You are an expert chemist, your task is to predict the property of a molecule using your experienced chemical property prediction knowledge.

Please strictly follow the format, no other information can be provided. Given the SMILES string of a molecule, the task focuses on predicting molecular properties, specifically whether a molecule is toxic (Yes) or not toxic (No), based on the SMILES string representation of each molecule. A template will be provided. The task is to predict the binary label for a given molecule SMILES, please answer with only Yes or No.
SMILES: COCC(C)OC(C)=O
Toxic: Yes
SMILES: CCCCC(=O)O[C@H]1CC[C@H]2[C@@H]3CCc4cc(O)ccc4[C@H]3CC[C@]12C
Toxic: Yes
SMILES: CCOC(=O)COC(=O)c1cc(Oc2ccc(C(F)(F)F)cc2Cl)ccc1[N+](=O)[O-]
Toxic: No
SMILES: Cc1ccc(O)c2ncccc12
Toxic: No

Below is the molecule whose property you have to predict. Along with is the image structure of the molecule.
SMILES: CSc1nc(NC2CC2)nc(NC(C)(C)C)n1
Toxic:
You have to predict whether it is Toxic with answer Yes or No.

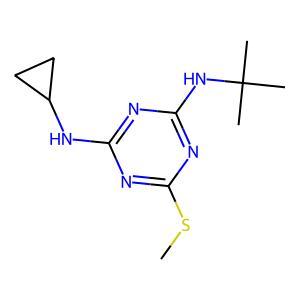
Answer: No